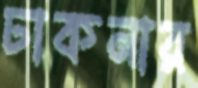
ঢাকনার